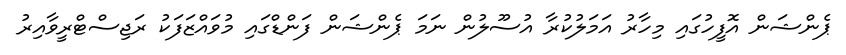
ޕެންޝަން އޮފީހުގައި މިހާރު އަމަލުކުރާ އުސޫލުން ނަމަ ޕެންޝަން ފަންޑްގައި މުވައްޒަފަކު ރަޖިސްޓްރީވާއިރު